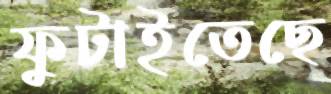
ফুটাইতেছে